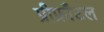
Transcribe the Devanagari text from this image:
प्रीफ्राँटल